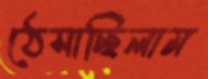
ঠেসাচ্ছিলাম